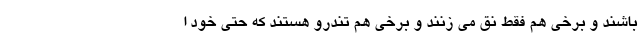
باشند و برخی هم فقط نق می زنند و برخی هم تندرو هستند که حتی خود ا